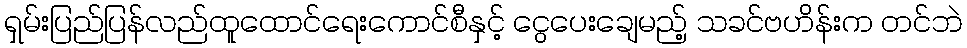
ရှမ်းပြည်ပြန်လည်ထူထောင်ရေးကောင်စီနှင့် ငွေပေးချေမည့် သခင်ဗဟိန်းက တင်ဘဲ